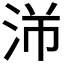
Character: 𬇣